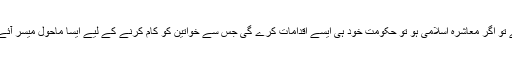
کام کرنے کے ماحول کے حوالے سے دیکھا جائے تو اگر معاشرہ اسلامی ہو تو حکومت خود ہی ایسے اقدامات کرے گی جس سے خواتین کو کام کرنے کے لیے ایسا ماحول میسر آئے جہاں وہ آزادی اور حجاب کے ساتھ کام کر سکیں۔